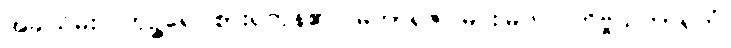
အခါသိမ်း။ ဘုဉ္ဇရေ၊ စားရကုန်၏။ မဟာရဇ၊ မင်းမြတ်။ ကိဗ္ဗိသကာရကံ၊